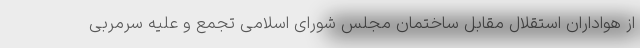
از هواداران استقلال مقابل ساختمان مجلس شورای اسلامی تجمع و علیه سرمربی